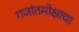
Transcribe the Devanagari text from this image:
गजांतमोक्षाचा